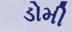
ડોમી